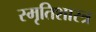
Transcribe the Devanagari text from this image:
स्मृतिशास्त्र